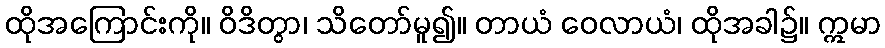
ထိုအကြောင်းကို။ ဝိဒိတွာ၊ သိတော်မူ၍။ တာယံ ဝေလာယံ၊ ထိုအခါ၌။ ဣမာ